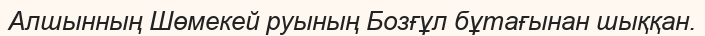
Алшынның Шөмекей руының Бозғұл бұтағынан шыққан.